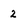
Character: 2